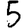
Digit: 5